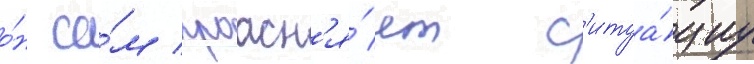
о́н са́м проасн'я́ет с'итуа́циу